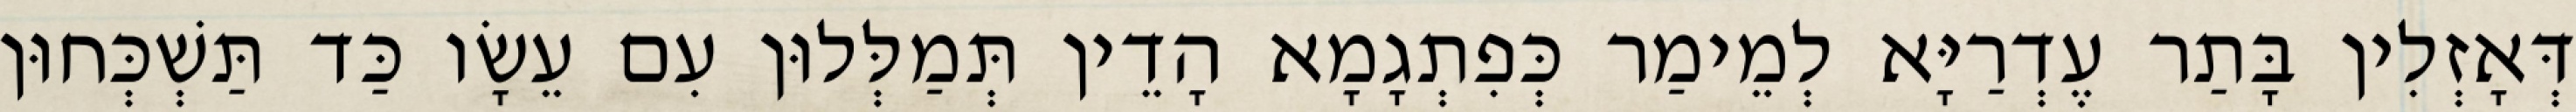
דְּאָזְלִין בָּתַר עֶדְרַיָּא לְמֵימַר כְּפִתְגָמָא הָדֵין תְּמַלְּלוּן עִם עֵשָׂו כַּד תַּשְׁכְּחוּן